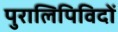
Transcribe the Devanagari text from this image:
पुरालिपिविदों